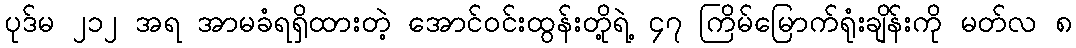
ပုဒ်မ ၂၁၂ အရ အာမခံရရှိထားတဲ့ အောင်ဝင်းထွန်းတို့ရဲ့ ၄၇ ကြိမ်မြောက်ရုံးချိန်းကို မတ်လ ၈